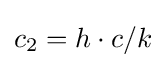
c_{2}=h\cdot c/k